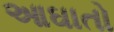
આઘાતો